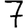
Digit: 7